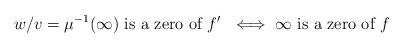
LaTeX: \begin{align*}w/v = \mu^{-1}(\infty) \textrm{ is a zero of $f'$ } \iff \infty \textrm{ is a zero of } f\end{align*}